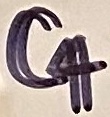
Text: C4